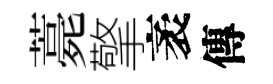
薧擎袤傳